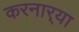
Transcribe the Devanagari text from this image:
करनार्‍या